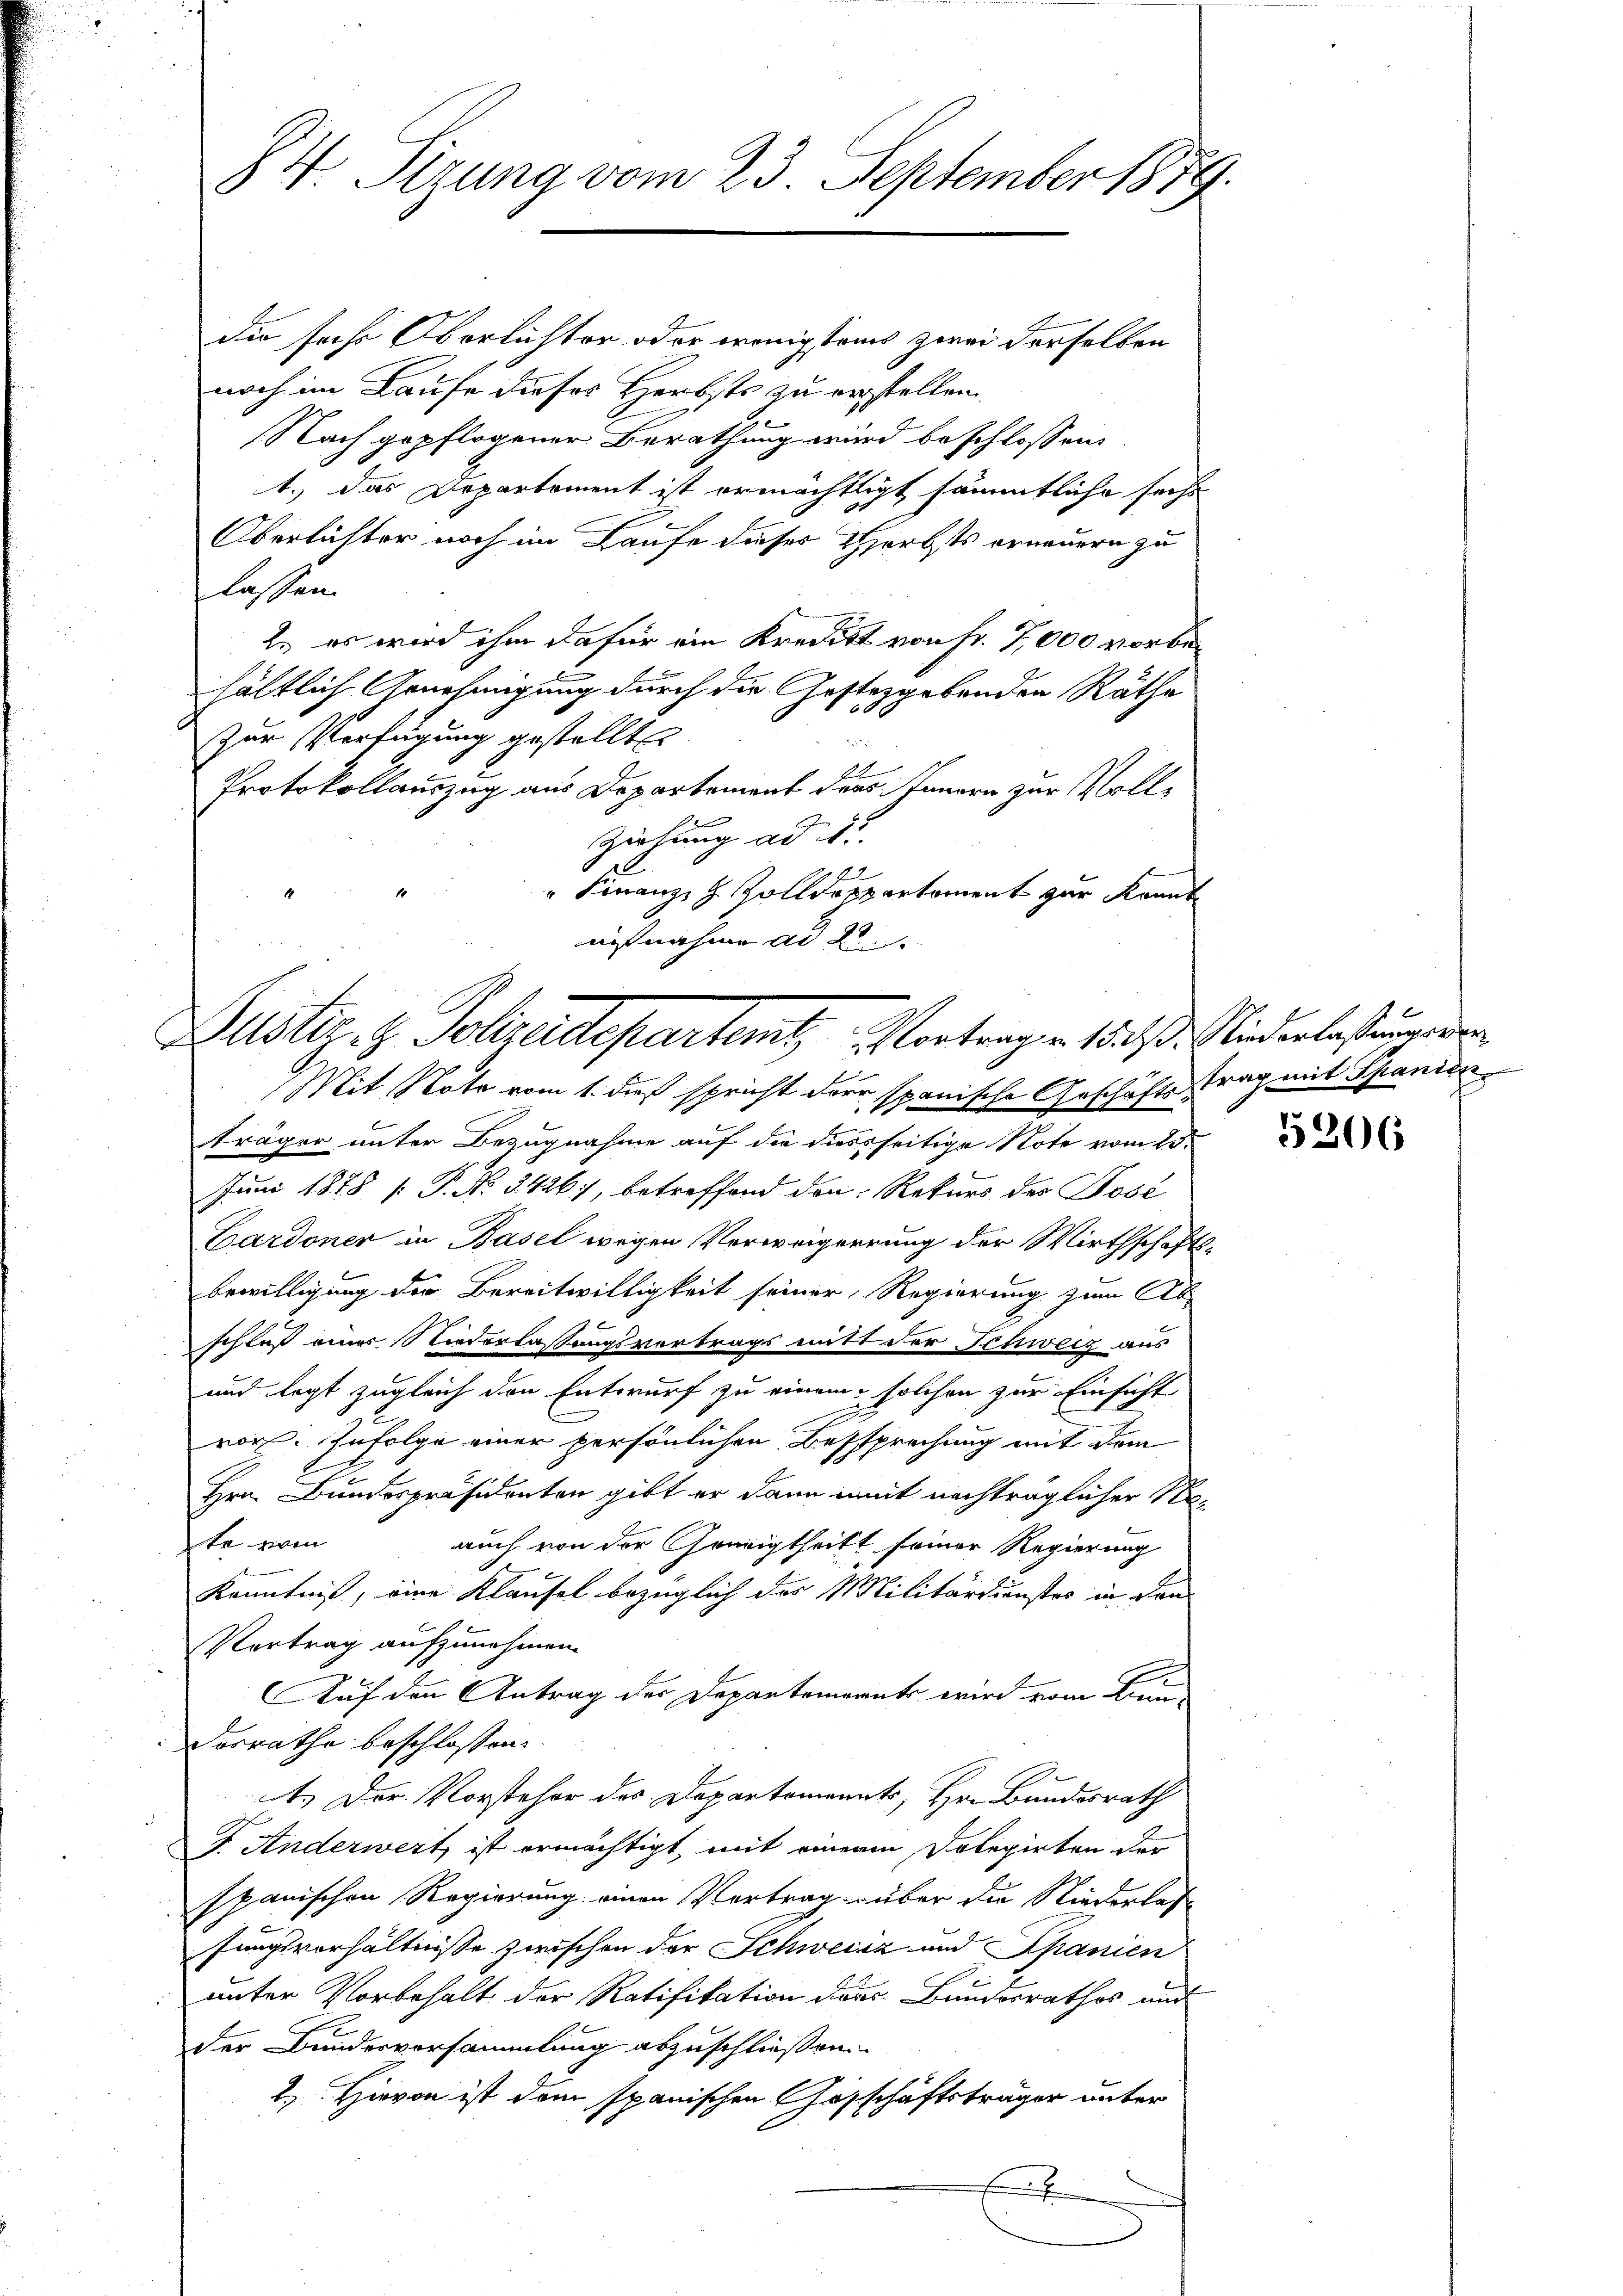
84 Sizung vom 23. September 1879.

Die sache Oberlichter oder wenigstens zwei derselben
noch im Laufe dieses Herbsts zu erstellen.
Nach gepflogener Berathung wird beschlossen,
1.) Das Departement ist ermächtlicht sämmtliche sechs
Oberlichter noch im Laufe dieser Herbsts erneuern zu
lassen.
2. es wird ihm dafür ein Kredit von fr. 7,000 vorbehältlich Genehmigung durch die Gesteggebenden Räthe
Zur Verfügung gestellt
Protokollauszug aus Departement des Innern zur Voll¬
Ziehung ad 15.
92
" Finanzzh Zolldrepertoment zur Kranke
nißnahme ad 2.

Justiz- & Polizeidepartemtz Vortragen 1821. Niederlastung der

Mit Note vom 1. dieß spricht der spanische Geschäftstrag mit Spanien
träger unter Bezugnahme auf die diessseitige Note vom 23.
Juni 1878 [: P. Nr. 2426, betreffend den Rekurs des Posi
Cardoner in Basel wegen Verweigerrung der Wirthschaftsbewilligung der Bereitwilligkeit seiner Regierung zum Ab-
schluß einer Niederlassungsvertrags mit der Schweiz aus
und legt zugleich den Entwurf zu einem solchen zur Einsicht
vor. Zufolge einer persönlichen Bessprechung mit dem
Hrn. Bundespräsidenten gibt er dann mit nachträglicher Nate vom
auch von der Grünigtheilt seiner Regierung
Kenntniß, eine Klausel bezüglich der Militärdienstes in den
Vertrag aufzunehmen.
Auf den Antrag der Departements wird vom Klein-
Forrathe beschlossen:
4. Der Vorsteher des Departomanats, Hr. Bundesrath
J. Anderwert ist ermächtigt, mit einer Dolegirten der
spanischen Regierung einen Vertrag über die Niederlas
sungsverhältnisse zwischen der Schweiz und Spanien
unter Vorbehalt der Ratifikation dans Bundesrathes und
der Bundesversammlung abzuschließen.
2. Hievon ist dem spanischen Geschäftsträger unter
x

5206